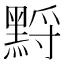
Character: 𪑋